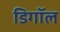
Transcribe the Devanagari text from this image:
डिगॉल